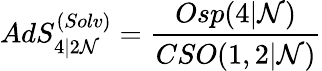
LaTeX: AdS_{4\vert 2{\cal N}}^{(Solv)}=\frac{Osp(4\vert{\cal N})}{CSO(1,2\vert{\cal N})}